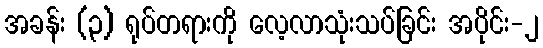
အခန်း (၃) ရုပ်တရားကို လေ့လာသုံးသပ်ခြင်း အပိုင်း-၂